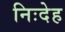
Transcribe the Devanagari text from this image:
निःदेह